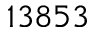
1 3 8 5 3